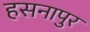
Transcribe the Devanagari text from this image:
हसनापुर